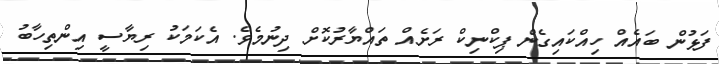
ފަޅުން ބައެއް ހިއްކައިގެން ޕިކްނިކް ރަށެއް ތައްޔާރުކޮށް ދިނުމެވެ. އެކަމަކު ރިޔާސީ އިންތިހާބު